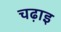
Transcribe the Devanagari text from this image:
चढ़ाइ